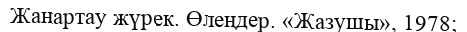
Жанартау жүрек. Өлеңдер. «Жазушы», 1978;